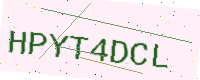
Text: HPYT4DCL